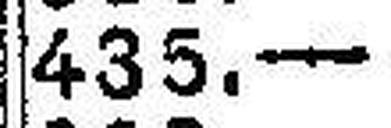
435.—